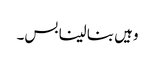
وہیں بنا لینا بس۔